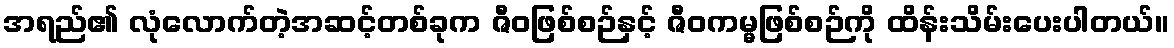
အရည်၏ လုံလောက်တဲ့အဆင့်တစ်ခုက ဇီဝဖြစ်စဉ်နှင့် ဇီဝကမ္မဖြစ်စဉ်ကို ထိန်းသိမ်းပေးပါတယ်။